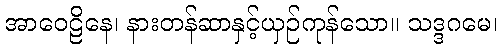
အာဝေဠိနေ၊ နားတန်ဆာနှင့်ယှဉ်ကုန်သော။ သဒ္ဒဂမေ၊